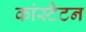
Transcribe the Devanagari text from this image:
कांस्टैटन